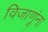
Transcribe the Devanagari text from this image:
विजाणूंना